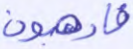
فارهبون